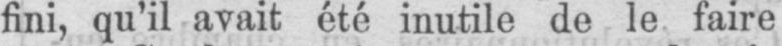
fini, qu’il avait été inutile de le faire